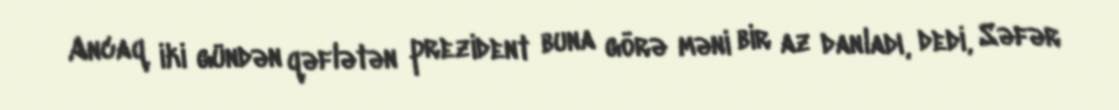
Ancaq iki gündən qəflətən prezident buna görə məni bir az danladı, dedi, Səfər